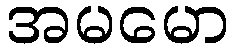
အမမော